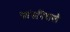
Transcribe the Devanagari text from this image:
फ्रांसनिवासी